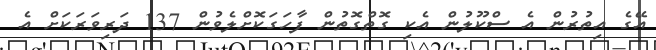
އޭގެ އިތުރުން އެ ސްކޫލުން އެކި ގޮތްގޮތުން ފާހަގަކޮށްލެވުން 137 ދަރިވަރަކަށް އެ